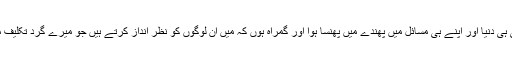
میں اپنی ہی دنیا اور اپنے ہی مسائل میں پھندے میں پھنسا ہوا اور گمراہ ہوں کہ میں اُن لوگوں کو نظر انداز کرتے ہیں جو میرے گرد تکلیف میں ہیں۔